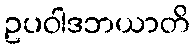
ဥပဝါဒဘယာတိ